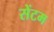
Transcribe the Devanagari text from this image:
सेंटम